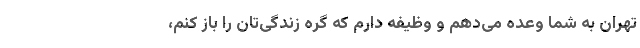
تهران به شما وعده می‌دهم و وظیفه دارم که گره زندگی‌تان را باز کنم،